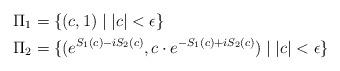
LaTeX: \begin{align*}\Pi_1 & = \{ (c,1)\mid |c| < \epsilon\} \\\Pi_2 & = \{ (e^{S_1(c)-iS_2(c)},c \cdot e^{-S_1(c)+iS_2(c)}) \mid |c| < \epsilon\}\end{align*}